画像に写った文字を読んでください
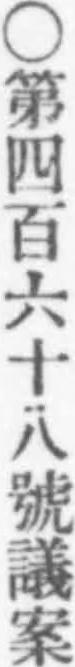
「○第四百六十八號議案」と書いてあります